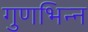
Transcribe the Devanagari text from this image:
गुणभिन्न